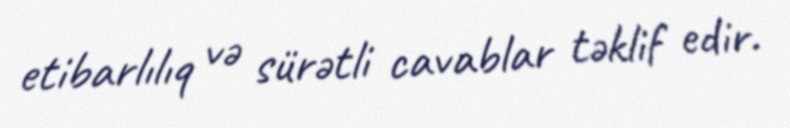
etibarlılıq və sürətli cavablar təklif edir.